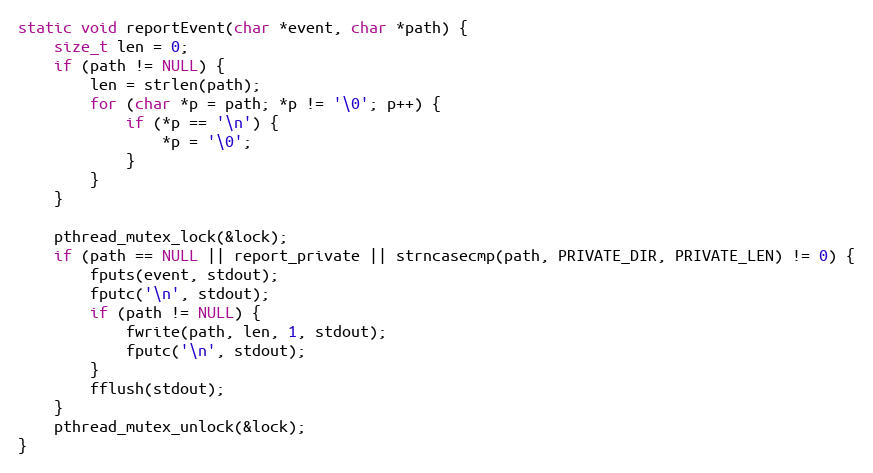
Language: C
static void reportEvent(char *event, char *path) {
    size_t len = 0;
    if (path != NULL) {
        len = strlen(path);
        for (char *p = path; *p != '\0'; p++) {
            if (*p == '\n') {
                *p = '\0';
            }
        }
    }

    pthread_mutex_lock(&lock);
    if (path == NULL || report_private || strncasecmp(path, PRIVATE_DIR, PRIVATE_LEN) != 0) {
        fputs(event, stdout);
        fputc('\n', stdout);
        if (path != NULL) {
            fwrite(path, len, 1, stdout);
            fputc('\n', stdout);
        }
        fflush(stdout);
    }
    pthread_mutex_unlock(&lock);
}